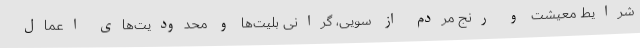
شرایط معیشت و رنج مردم از سویی، گرانی بلیت‌ها و محدودیت‌های اعمال